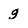
Character: g